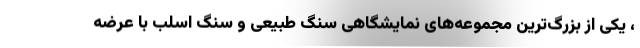
، یکی از بزرگ‌‌ترین مجموعه‌های نمایشگاهی سنگ طبیعی و سنگ اسلب با عرضه